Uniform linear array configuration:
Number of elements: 48
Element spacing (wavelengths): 0.5
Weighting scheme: uniform
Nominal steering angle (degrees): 15
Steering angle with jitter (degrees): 14.829
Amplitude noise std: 0.05
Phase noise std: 0.05

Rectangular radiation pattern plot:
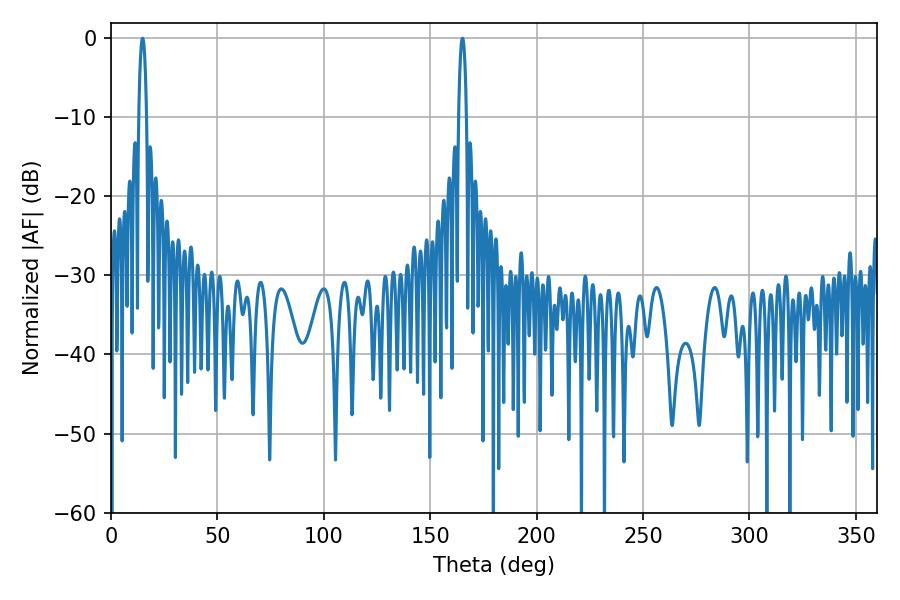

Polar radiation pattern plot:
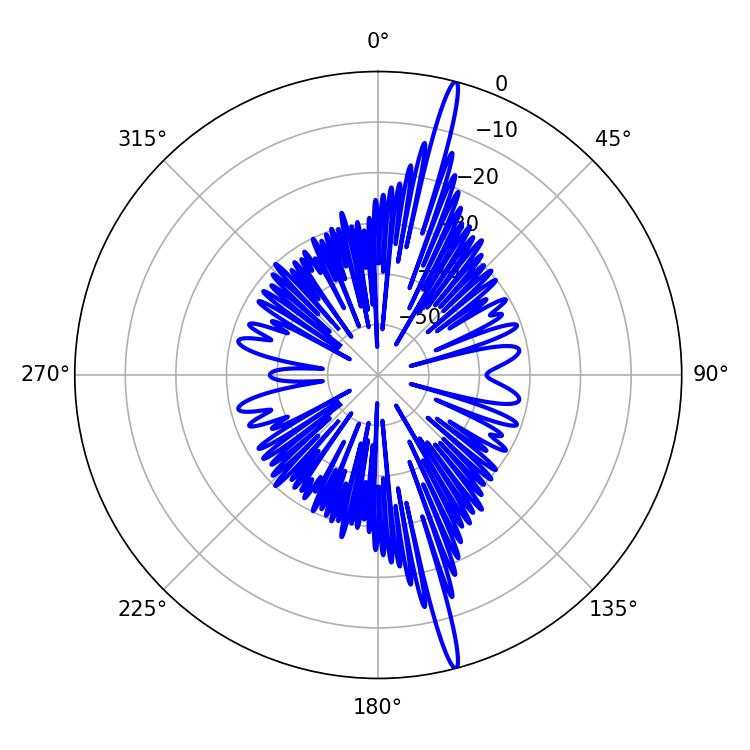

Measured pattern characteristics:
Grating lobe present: FALSE
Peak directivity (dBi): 19.573
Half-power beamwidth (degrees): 1.98
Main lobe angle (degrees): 165.24